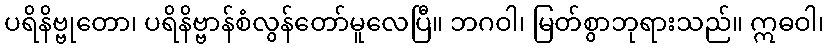
ပရိနိဗ္ဗုတော၊ ပရိနိဗ္ဗာန်စံလွန်တော်မူလေပြီ။ ဘဂဝါ၊ မြတ်စွာဘုရားသည်။ ဣဓဝါ၊